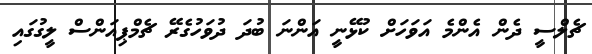
ޗެލްސީ ދެން އެންމެ އަވަހަށް ކުޅޭނީ އަންނަ ބުދަ ދުވަހުގެރޭ ޗެމްޕިއަންސް ލީގުގައި